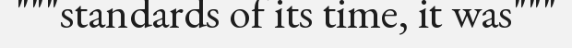
"""standards of its time, it was"""